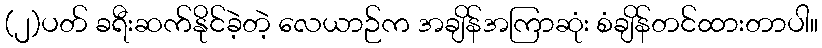
(၂)ပတ် ခရီးဆက်နိုင်ခဲ့တဲ့ လေယာဉ်က အချိန်အကြာဆုံး စံချိန်တင်ထားတာပါ။